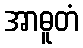
အာဓူတံ